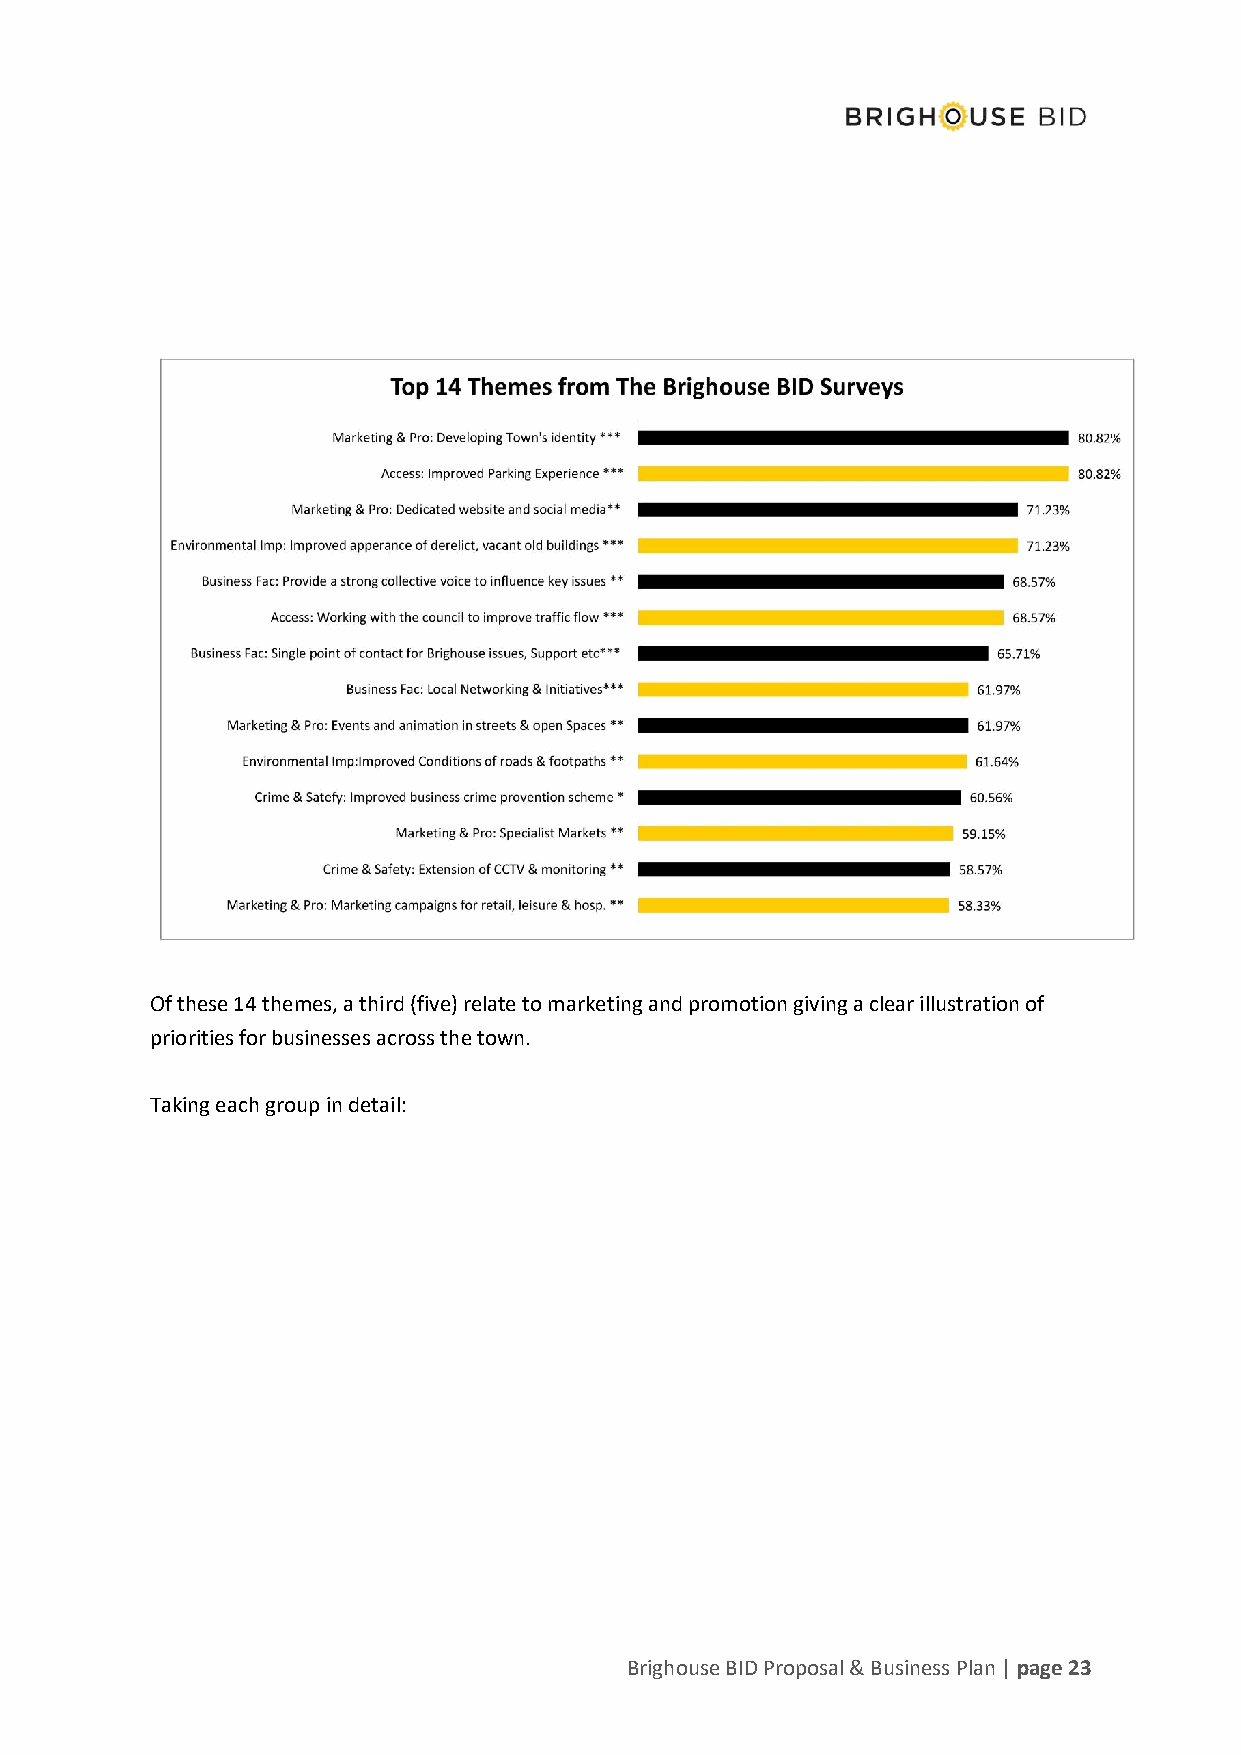
Of these 14 themes, a third (five) relate to marketing and promotion giving a clear illustration of
 priorities for businesses across the town.
 Taking each group in detail:
 Brighouse BID Proposal & Business Plan | page 23